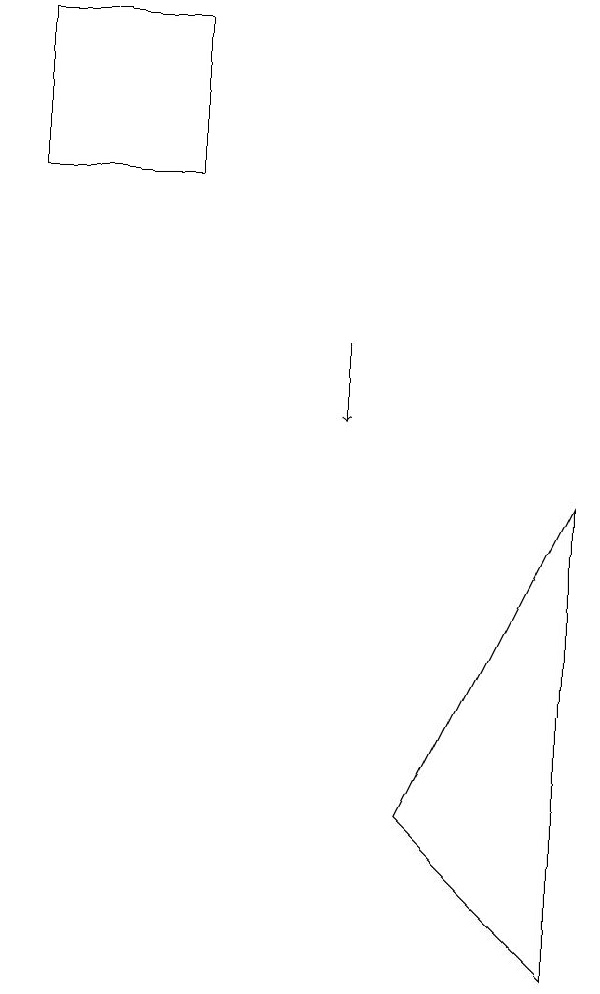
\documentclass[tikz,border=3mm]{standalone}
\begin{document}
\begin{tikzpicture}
\draw[->] (6,11) -- (6,10);
\draw (9,3) -- (9,9) -- (7,5) -- cycle;
\draw (2,15) rectangle (4,13);
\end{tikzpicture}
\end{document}